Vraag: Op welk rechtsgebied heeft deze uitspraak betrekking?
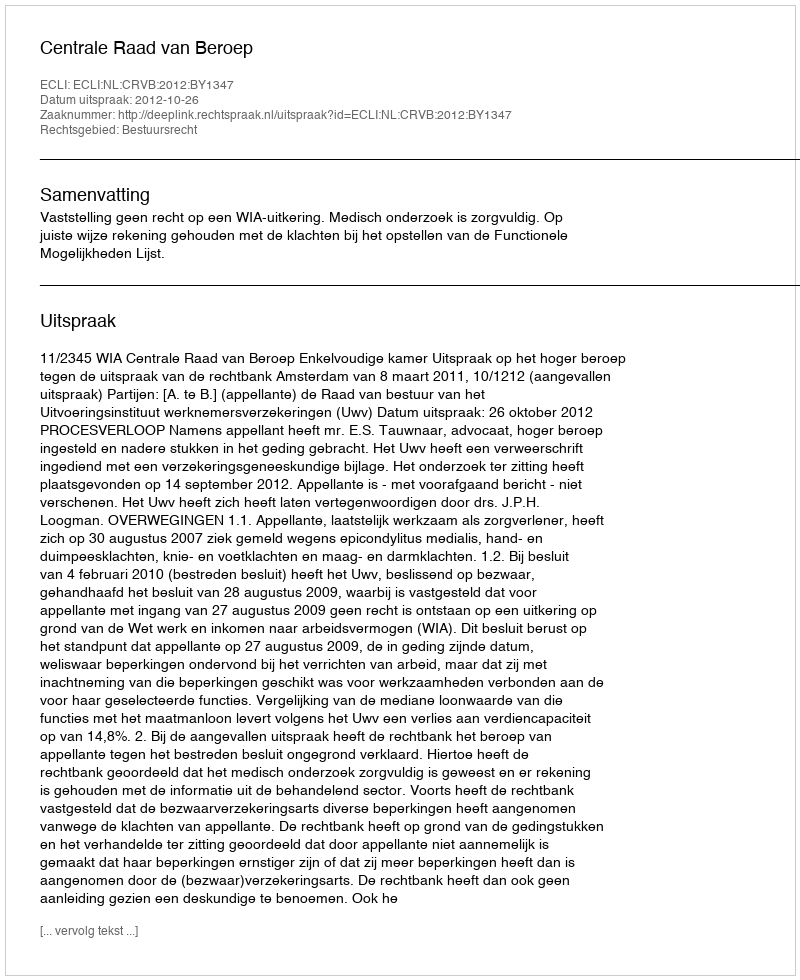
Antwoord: Bestuursrecht